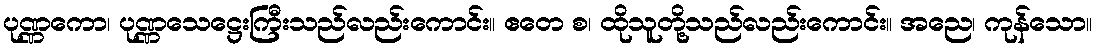
ပုဏ္ဏကော၊ ပုဏ္ဏသေဋ္ဌေးကြီးသည်လည်းကောင်း။ ဧတေ စ၊ ထိုသူတို့သည်လည်းကောင်း။ အညေ၊ ကုန်သော။